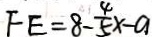
F E = 8 - \frac { 4 } { 5 } x - a